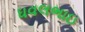
ધવલભાઇ